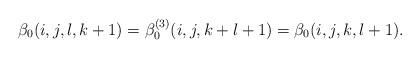
LaTeX: \begin{align*}\beta_0(i,j,l,k+1) = \beta_0^{(3)}(i,j,k+l+1) = \beta_0(i,j,k,l+1).\end{align*}